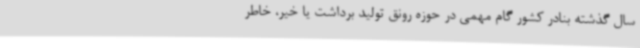
سال گذشته بنادر کشور گام مهمی در حوزه رونق تولید برداشت یا خیر، خاطر